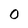
Character: 0